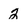
Character: 2